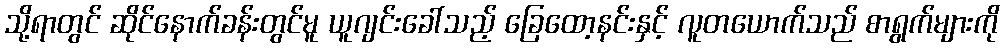
သို့ရာတွင် ဆိုင်နောက်ခန်းတွင်မူ ယူဂျင်းခေါ်သည့် ခြေထော့နင်းနှင့် လူတယောက်သည် စာရွက်များကို